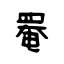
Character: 罨